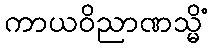
ကာယဝိညာဏသ္မိံ